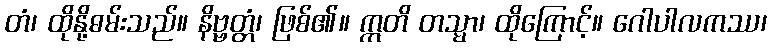
တံ၊ ထိုနို့ဓမ်းသည်။ နိဗ္ဗတ္တံ၊ ဖြစ်၏။ ဣတိ တသ္မာ၊ ထိုကြောင့်။ ဂေါပါလကဿ၊